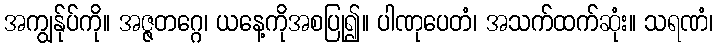
အကျွန်ုပ်ကို။ အဇ္ဇတဂ္ဂေ၊ ယနေ့ကိုအစပြု၍။ ပါဏုပေတံ၊ အသက်ထက်ဆုံး။ သရဏံ၊